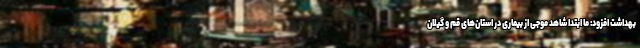
بهداشت افزود: ما ابتدا شاهد موجی از بیماری در استان‌های قم و گیلان